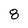
Character: 8